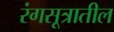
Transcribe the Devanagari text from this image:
रंगसूत्रातील